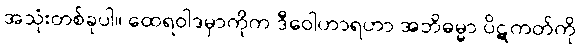
အသုံးတစ်ခုပါ။ ထေရဝါဒမှာကိုက ဒီဝေါဟာရဟာ အဘိဓမ္မာ ပိဋကတ်ကို